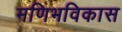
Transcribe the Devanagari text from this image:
मणिभविकास